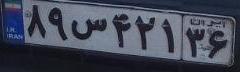
۸۹س۴۲۱۳۶